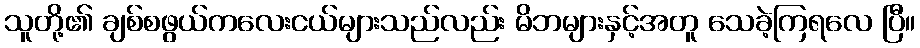
သူတို့၏ ချစ်စဖွယ်ကလေးငယ်များသည်လည်း မိဘများနှင့်အတူ သေခဲ့ကြရလေ ပြီ။